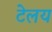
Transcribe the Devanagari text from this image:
टेलय